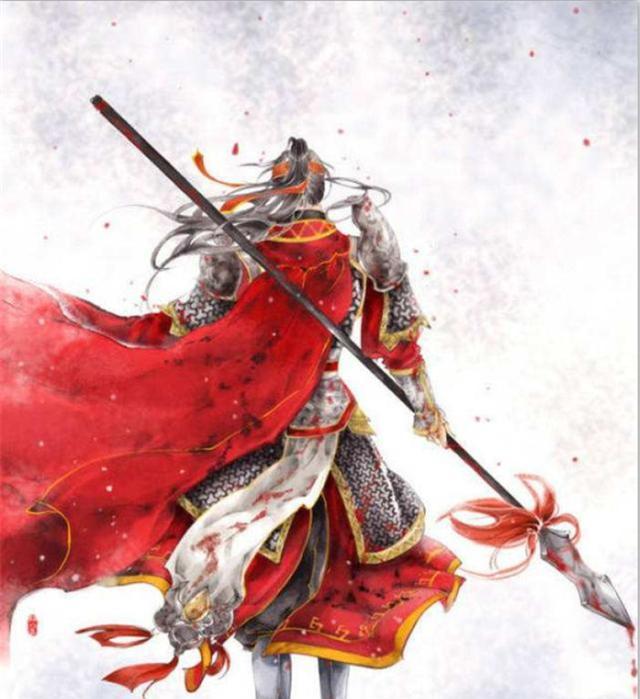
愿得此身长报国，何须生入玉门关。